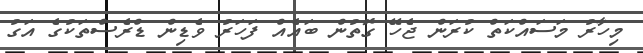
މިހާރު މަސައްކަތް ކުރަން ޖެހޭ ގޮތުން ބައެއް ފަހަރު ވެޑިން ޑްރެސްތަކުގެ އަގު